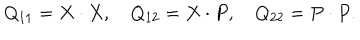
Q _ { 1 1 } = X \cdot X , \quad Q _ { 1 2 } = X \cdot P , \quad Q _ { 2 2 } = P \cdot P .